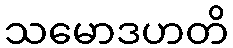
သမောဒဟတိ